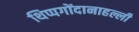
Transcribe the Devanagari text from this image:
थिप्पगोंदानाहल्ली